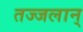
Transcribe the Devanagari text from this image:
तज्जलान्